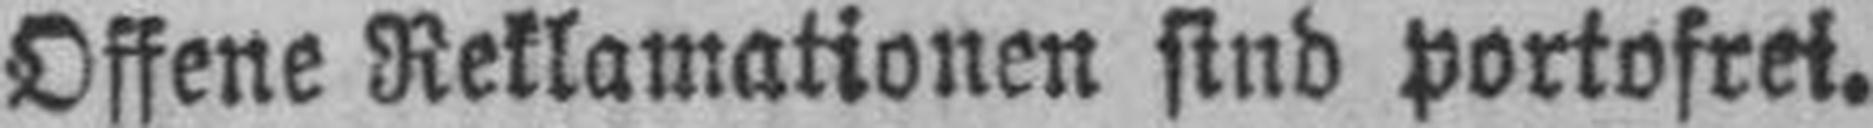
Offene Reklamationen sind portofret.